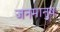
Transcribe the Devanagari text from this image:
जनमानुष